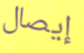
إيصال